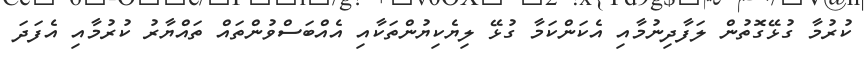
ކުރުމާ ގުޅޭގޮތުން ލަފާދިނުމާއި އެކަންކަމާ ގުޅޭ ލިޔެކިޔުންތަކާއި އެއްބަސްވުންތައް ތައްޔާރު ކުރުމާއި އެފަދަ